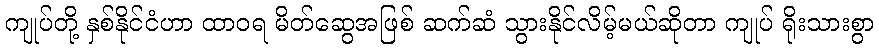
ကျုပ်တို့ နှစ်နိုင်ငံဟာ ထာဝရ မိတ်ဆွေအဖြစ် ဆက်ဆံ သွားနိုင်လိမ့်မယ်ဆိုတာ ကျုပ် ရိုးသားစွာ